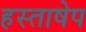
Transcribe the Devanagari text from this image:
हस्ताषेप